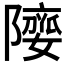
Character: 𨼻